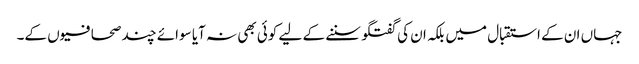
جہاں ان کے استقبال میں بلکہ ان کی گفتگو سننے کے لیے کوئی بھی نہ آیا سوائے چند صحافیوں کے۔